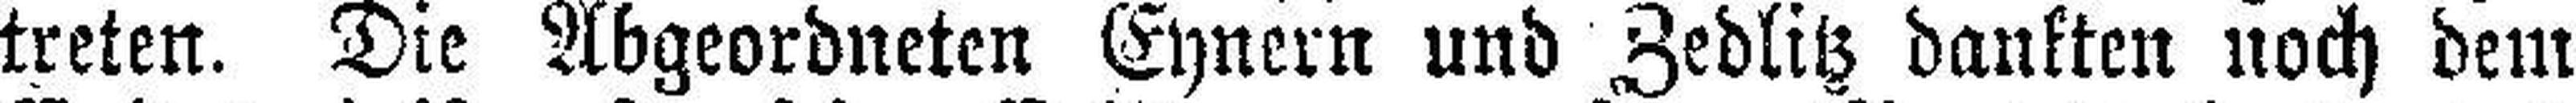
treten. Die Abgeordneten Eynern und Zedlitz dankten noch dem